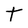
Character: t